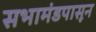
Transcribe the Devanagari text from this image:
सभामंडपासून